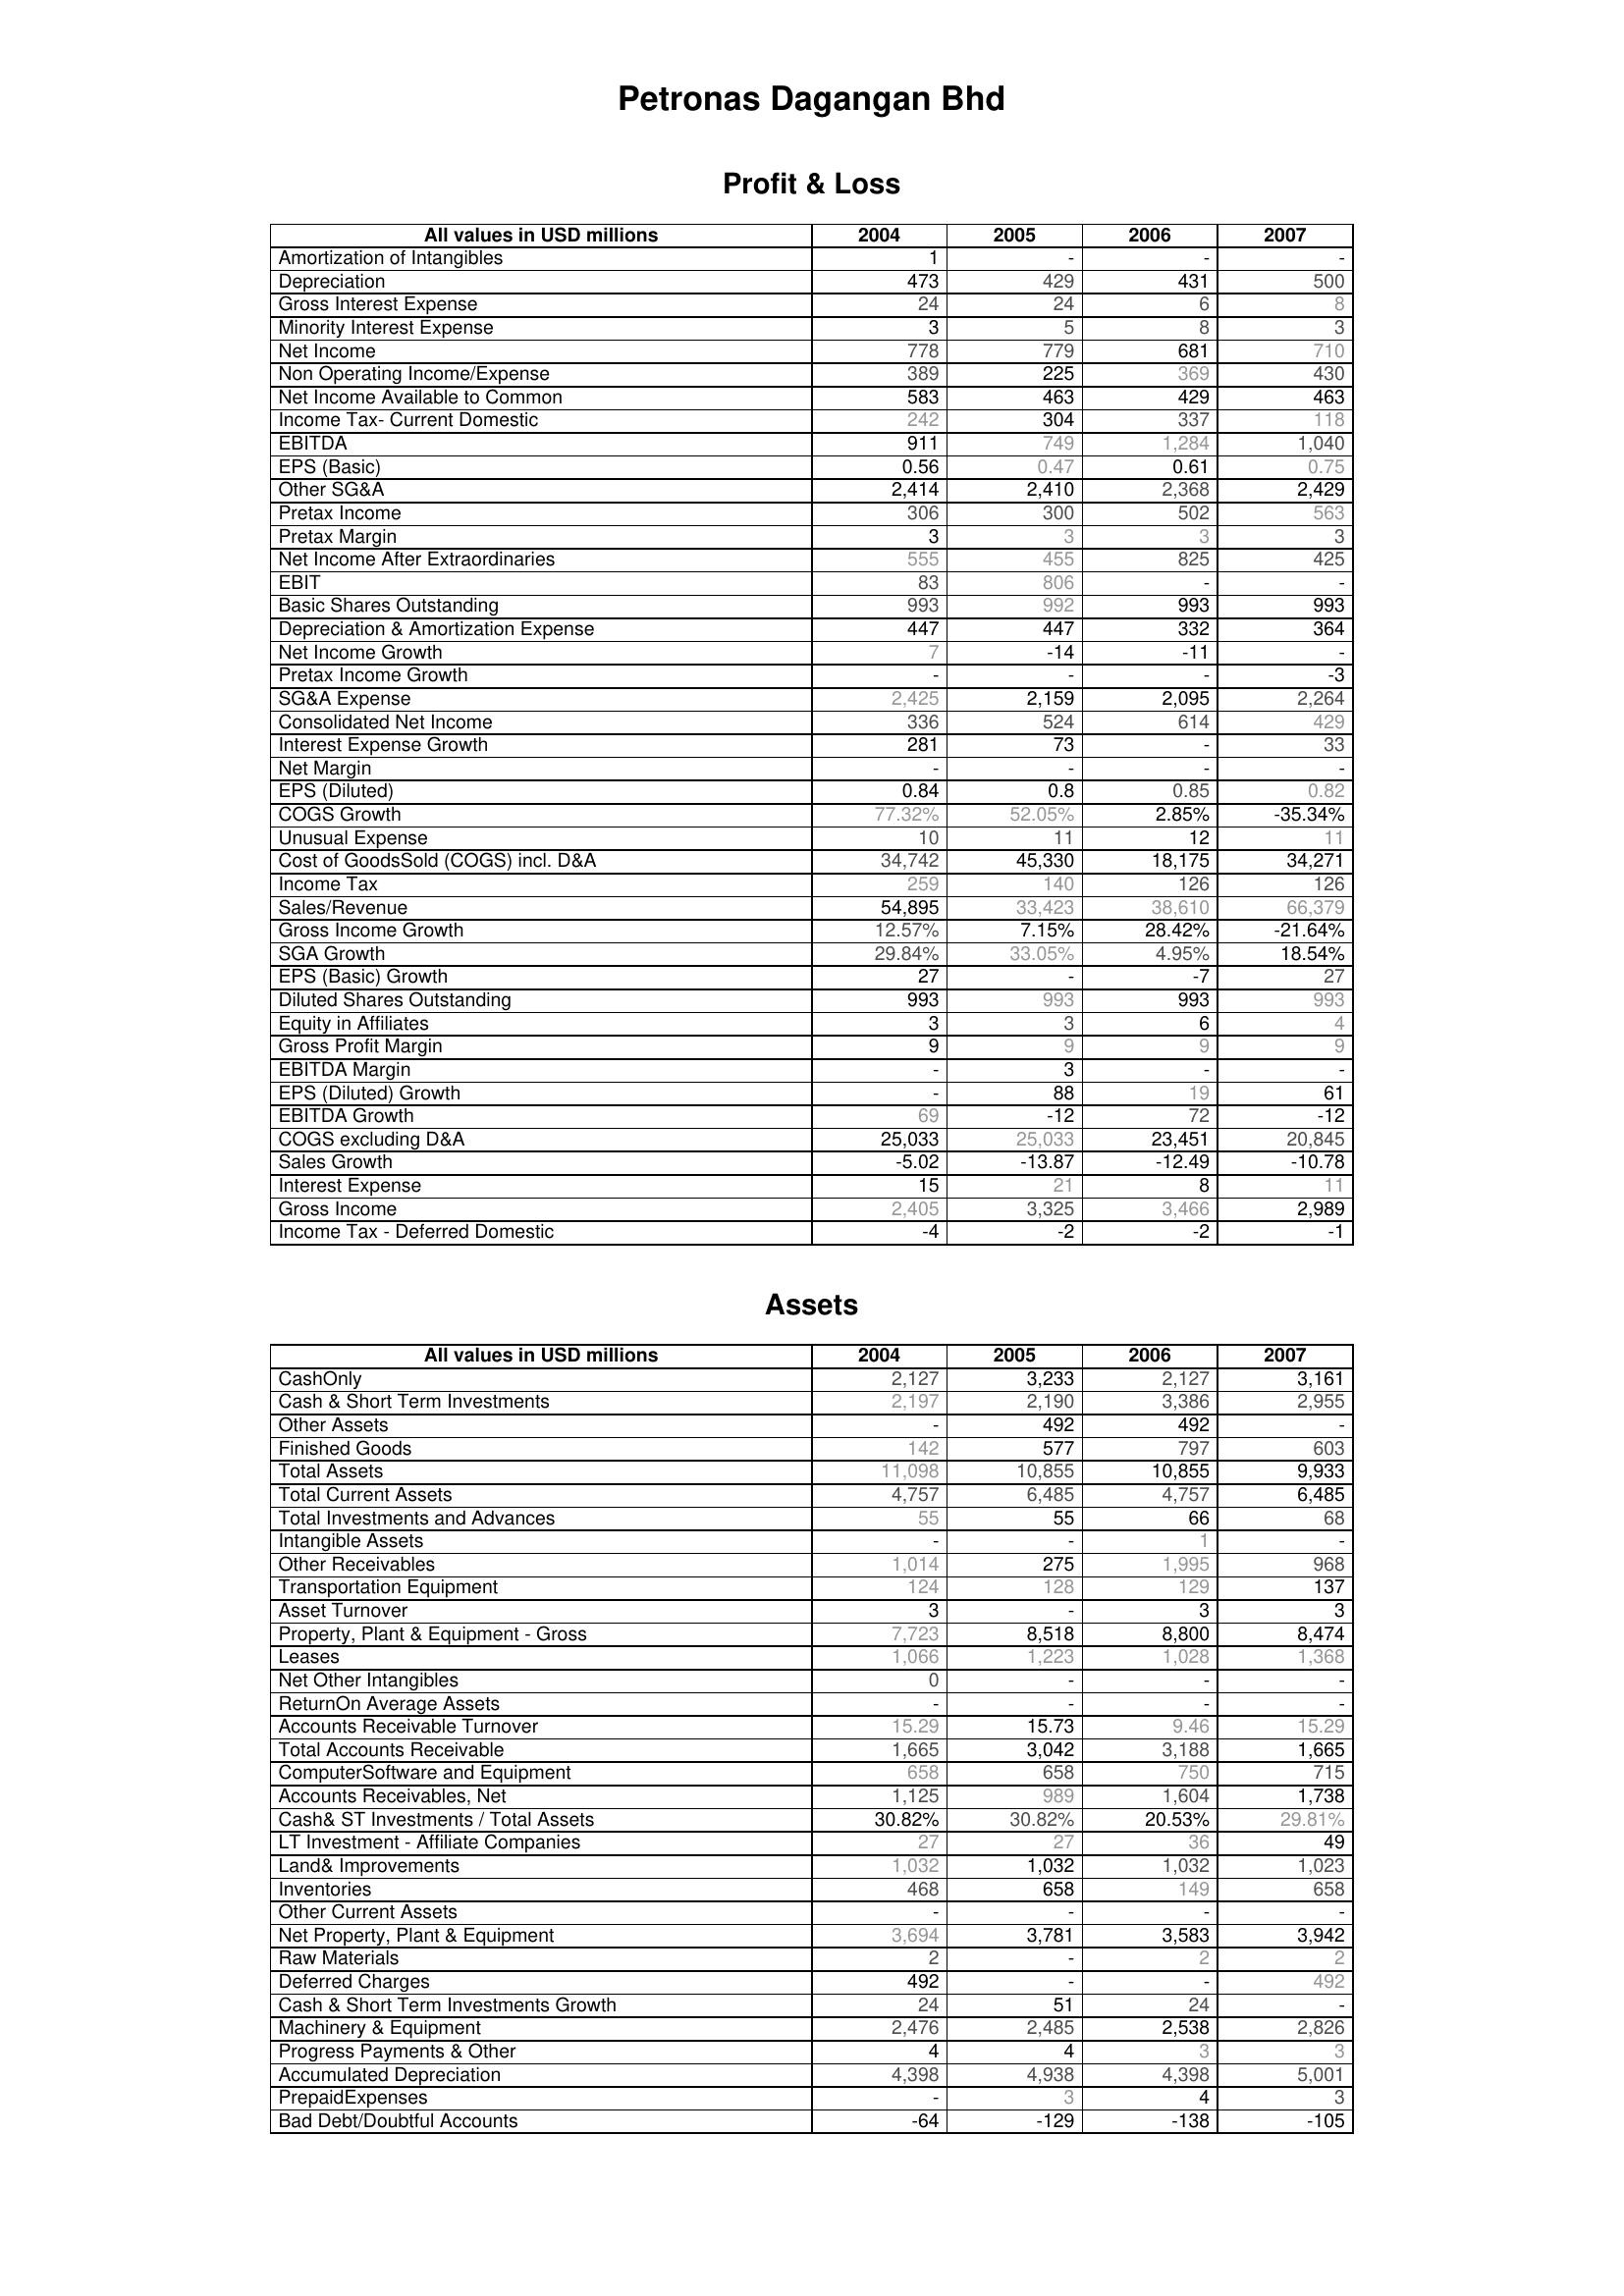
2004: Profit & Loss: Amortization of Intangibles: 1
Depreciation: 473
Gross Interest Expense: 24
Minority Interest Expense: 3
Net Income: 778
Non Operating Income/Expense: 389
Net Income Available to Common: 583
Income Tax- Current Domestic: 242
EBITDA: 911
EPS (Basic): 0.56
Other SG&A: 2,414
Pretax Income: 306
Pretax Margin: 3
Net Income After Extraordinaries: 555
EBIT: 83
Basic Shares Outstanding: 993
Depreciation & Amortization Expense: 447
Net Income Growth: 7
Pretax Income Growth: -
SG&A Expense: 2,425
Consolidated Net Income: 336
Interest Expense Growth: 281
Net Margin: -
EPS (Diluted): 0.84
COGS Growth: 77.32%
Unusual Expense: 10
Cost of GoodsSold (COGS) incl. D&A: 34,742
Income Tax: 259
Sales/Revenue: 54,895
Gross Income Growth: 12.57%
SGA Growth: 29.84%
EPS (Basic) Growth: 27
Diluted Shares Outstanding: 993
Equity in Affiliates: 3
Gross Profit Margin: 9
EBITDA Margin: -
EPS (Diluted) Growth: -
EBITDA Growth: 69
COGS excluding D&A: 25,033
Sales Growth: -5.02
Interest Expense: 15
Gross Income: 2,405
Income Tax - Deferred Domestic: -4
Assets: CashOnly: 2,127
Cash & Short Term Investments: 2,197
Other Assets: -
Finished Goods: 142
Total Assets: 11,098
Total Current Assets: 4,757
Total Investments and Advances: 55
Intangible Assets: -
Other Receivables: 1,014
Transportation Equipment: 124
Asset Turnover: 3
Property, Plant & Equipment - Gross : 7,723
Leases: 1,066
Net Other Intangibles: 0
ReturnOn Average Assets: -
Accounts Receivable Turnover: 15.29
Total Accounts Receivable: 1,665
ComputerSoftware and Equipment: 658
Accounts Receivables, Net: 1,125
Cash& ST Investments / Total Assets: 30.82%
LT Investment - Affiliate Companies: 27
Land& Improvements: 1,032
Inventories: 468
Other Current Assets: -
Net Property, Plant & Equipment: 3,694
Raw Materials: 2
Deferred Charges: 492
Cash & Short Term Investments Growth: 24
Machinery & Equipment: 2,476
Progress Payments & Other: 4
Accumulated Depreciation: 4,398
PrepaidExpenses: -
Bad Debt/Doubtful Accounts: -64
2005: Profit & Loss: Amortization of Intangibles: -
Depreciation: 429
Gross Interest Expense: 24
Minority Interest Expense: 5
Net Income: 779
Non Operating Income/Expense: 225
Net Income Available to Common: 463
Income Tax- Current Domestic: 304
EBITDA: 749
EPS (Basic): 0.47
Other SG&A: 2,410
Pretax Income: 300
Pretax Margin: 3
Net Income After Extraordinaries: 455
EBIT: 806
Basic Shares Outstanding: 992
Depreciation & Amortization Expense: 447
Net Income Growth: -14
Pretax Income Growth: -
SG&A Expense: 2,159
Consolidated Net Income: 524
Interest Expense Growth: 73
Net Margin: -
EPS (Diluted): 0.8
COGS Growth: 52.05%
Unusual Expense: 11
Cost of GoodsSold (COGS) incl. D&A: 45,330
Income Tax: 140
Sales/Revenue: 33,423
Gross Income Growth: 7.15%
SGA Growth: 33.05%
EPS (Basic) Growth: -
Diluted Shares Outstanding: 993
Equity in Affiliates: 3
Gross Profit Margin: 9
EBITDA Margin: 3
EPS (Diluted) Growth: 88
EBITDA Growth: -12
COGS excluding D&A: 25,033
Sales Growth: -13.87
Interest Expense: 21
Gross Income: 3,325
Income Tax - Deferred Domestic: -2
Assets: CashOnly: 3,233
Cash & Short Term Investments: 2,190
Other Assets: 492
Finished Goods: 577
Total Assets: 10,855
Total Current Assets: 6,485
Total Investments and Advances: 55
Intangible Assets: -
Other Receivables: 275
Transportation Equipment: 128
Asset Turnover: -
Property, Plant & Equipment - Gross : 8,518
Leases: 1,223
Net Other Intangibles: -
ReturnOn Average Assets: -
Accounts Receivable Turnover: 15.73
Total Accounts Receivable: 3,042
ComputerSoftware and Equipment: 658
Accounts Receivables, Net: 989
Cash& ST Investments / Total Assets: 30.82%
LT Investment - Affiliate Companies: 27
Land& Improvements: 1,032
Inventories: 658
Other Current Assets: -
Net Property, Plant & Equipment: 3,781
Raw Materials: -
Deferred Charges: -
Cash & Short Term Investments Growth: 51
Machinery & Equipment: 2,485
Progress Payments & Other: 4
Accumulated Depreciation: 4,938
PrepaidExpenses: 3
Bad Debt/Doubtful Accounts: -129
2006: Profit & Loss: Amortization of Intangibles: -
Depreciation: 431
Gross Interest Expense: 6
Minority Interest Expense: 8
Net Income: 681
Non Operating Income/Expense: 369
Net Income Available to Common: 429
Income Tax- Current Domestic: 337
EBITDA: 1,284
EPS (Basic): 0.61
Other SG&A: 2,368
Pretax Income: 502
Pretax Margin: 3
Net Income After Extraordinaries: 825
EBIT: -
Basic Shares Outstanding: 993
Depreciation & Amortization Expense: 332
Net Income Growth: -11
Pretax Income Growth: -
SG&A Expense: 2,095
Consolidated Net Income: 614
Interest Expense Growth: -
Net Margin: -
EPS (Diluted): 0.85
COGS Growth: 2.85%
Unusual Expense: 12
Cost of GoodsSold (COGS) incl. D&A: 18,175
Income Tax: 126
Sales/Revenue: 38,610
Gross Income Growth: 28.42%
SGA Growth: 4.95%
EPS (Basic) Growth: -7
Diluted Shares Outstanding: 993
Equity in Affiliates: 6
Gross Profit Margin: 9
EBITDA Margin: -
EPS (Diluted) Growth: 19
EBITDA Growth: 72
COGS excluding D&A: 23,451
Sales Growth: -12.49
Interest Expense: 8
Gross Income: 3,466
Income Tax - Deferred Domestic: -2
Assets: CashOnly: 2,127
Cash & Short Term Investments: 3,386
Other Assets: 492
Finished Goods: 797
Total Assets: 10,855
Total Current Assets: 4,757
Total Investments and Advances: 66
Intangible Assets: 1
Other Receivables: 1,995
Transportation Equipment: 129
Asset Turnover: 3
Property, Plant & Equipment - Gross : 8,800
Leases: 1,028
Net Other Intangibles: -
ReturnOn Average Assets: -
Accounts Receivable Turnover: 9.46
Total Accounts Receivable: 3,188
ComputerSoftware and Equipment: 750
Accounts Receivables, Net: 1,604
Cash& ST Investments / Total Assets: 20.53%
LT Investment - Affiliate Companies: 36
Land& Improvements: 1,032
Inventories: 149
Other Current Assets: -
Net Property, Plant & Equipment: 3,583
Raw Materials: 2
Deferred Charges: -
Cash & Short Term Investments Growth: 24
Machinery & Equipment: 2,538
Progress Payments & Other: 3
Accumulated Depreciation: 4,398
PrepaidExpenses: 4
Bad Debt/Doubtful Accounts: -138
2007: Profit & Loss: Amortization of Intangibles: -
Depreciation: 500
Gross Interest Expense: 8
Minority Interest Expense: 3
Net Income: 710
Non Operating Income/Expense: 430
Net Income Available to Common: 463
Income Tax- Current Domestic: 118
EBITDA: 1,040
EPS (Basic): 0.75
Other SG&A: 2,429
Pretax Income: 563
Pretax Margin: 3
Net Income After Extraordinaries: 425
EBIT: -
Basic Shares Outstanding: 993
Depreciation & Amortization Expense: 364
Net Income Growth: -
Pretax Income Growth: -3
SG&A Expense: 2,264
Consolidated Net Income: 429
Interest Expense Growth: 33
Net Margin: -
EPS (Diluted): 0.82
COGS Growth: -35.34%
Unusual Expense: 11
Cost of GoodsSold (COGS) incl. D&A: 34,271
Income Tax: 126
Sales/Revenue: 66,379
Gross Income Growth: -21.64%
SGA Growth: 18.54%
EPS (Basic) Growth: 27
Diluted Shares Outstanding: 993
Equity in Affiliates: 4
Gross Profit Margin: 9
EBITDA Margin: -
EPS (Diluted) Growth: 61
EBITDA Growth: -12
COGS excluding D&A: 20,845
Sales Growth: -10.78
Interest Expense: 11
Gross Income: 2,989
Income Tax - Deferred Domestic: -1
Assets: CashOnly: 3,161
Cash & Short Term Investments: 2,955
Other Assets: -
Finished Goods: 603
Total Assets: 9,933
Total Current Assets: 6,485
Total Investments and Advances: 68
Intangible Assets: -
Other Receivables: 968
Transportation Equipment: 137
Asset Turnover: 3
Property, Plant & Equipment - Gross : 8,474
Leases: 1,368
Net Other Intangibles: -
ReturnOn Average Assets: -
Accounts Receivable Turnover: 15.29
Total Accounts Receivable: 1,665
ComputerSoftware and Equipment: 715
Accounts Receivables, Net: 1,738
Cash& ST Investments / Total Assets: 29.81%
LT Investment - Affiliate Companies: 49
Land& Improvements: 1,023
Inventories: 658
Other Current Assets: -
Net Property, Plant & Equipment: 3,942
Raw Materials: 2
Deferred Charges: 492
Cash & Short Term Investments Growth: -
Machinery & Equipment: 2,826
Progress Payments & Other: 3
Accumulated Depreciation: 5,001
PrepaidExpenses: 3
Bad Debt/Doubtful Accounts: -105